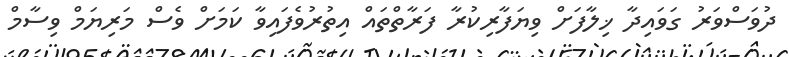
ދުވަސްވަރު ގަވައިދާ ޚިލާފަށް ވިޔަފާރިކުރާ ފަރާތްތައް އިތުރުވެފައިވާ ކަމަށް ވެސް މަރިޔަމް ވިސާމް